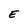
Character: E